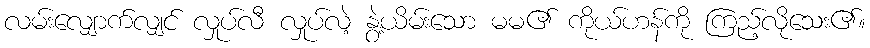
လမ်းလျှောက်လျှင် လှုပ်လီ လှုပ်လဲ့ နွဲ့ယိမ်းသော မမ၏ ကိုယ်ဟန်ကို ကြည့်လိုသေး၏။